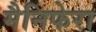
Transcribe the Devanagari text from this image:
मैनिफेरा